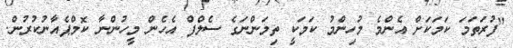
"ފުރަތަމަ ކަމަކަށް އެންމެ މުހިންމު ކަމަކީ ތިމަންނަގެ ސެލްފް އެހެން މީހުންނާ ކޮމްޕެއާނުކުރުން.